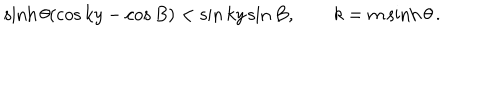
LaTeX: \sinh \theta ( \cos k y - \cos B ) < \sin k y \sin B , \qquad k = m \sinh \theta \, .